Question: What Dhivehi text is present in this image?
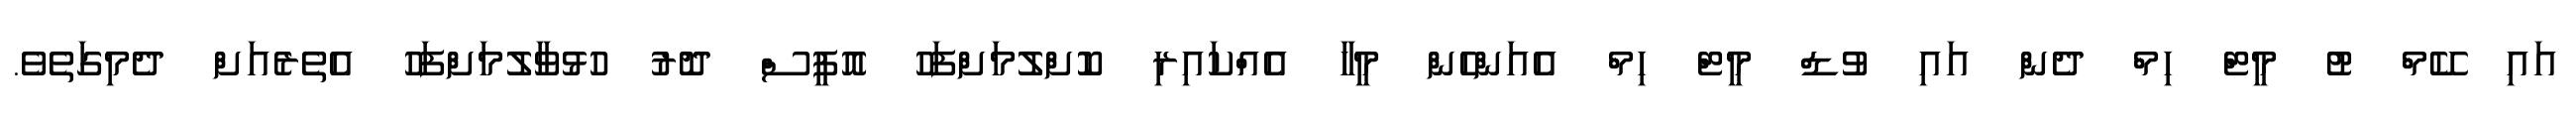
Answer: އައި ކޭމް ޓު މީޓް ހިމް ދެން އައި ވުޑް މީޓް ހިމް އެއަންހެން މީހާ އެއްކައިރި ކޮށްލުމަށްފަހު އޮފީސް ދޮރު ހުޅުވާލުމަށްފަހު އެތެރެއަށް ދެމިގަތެވެ.